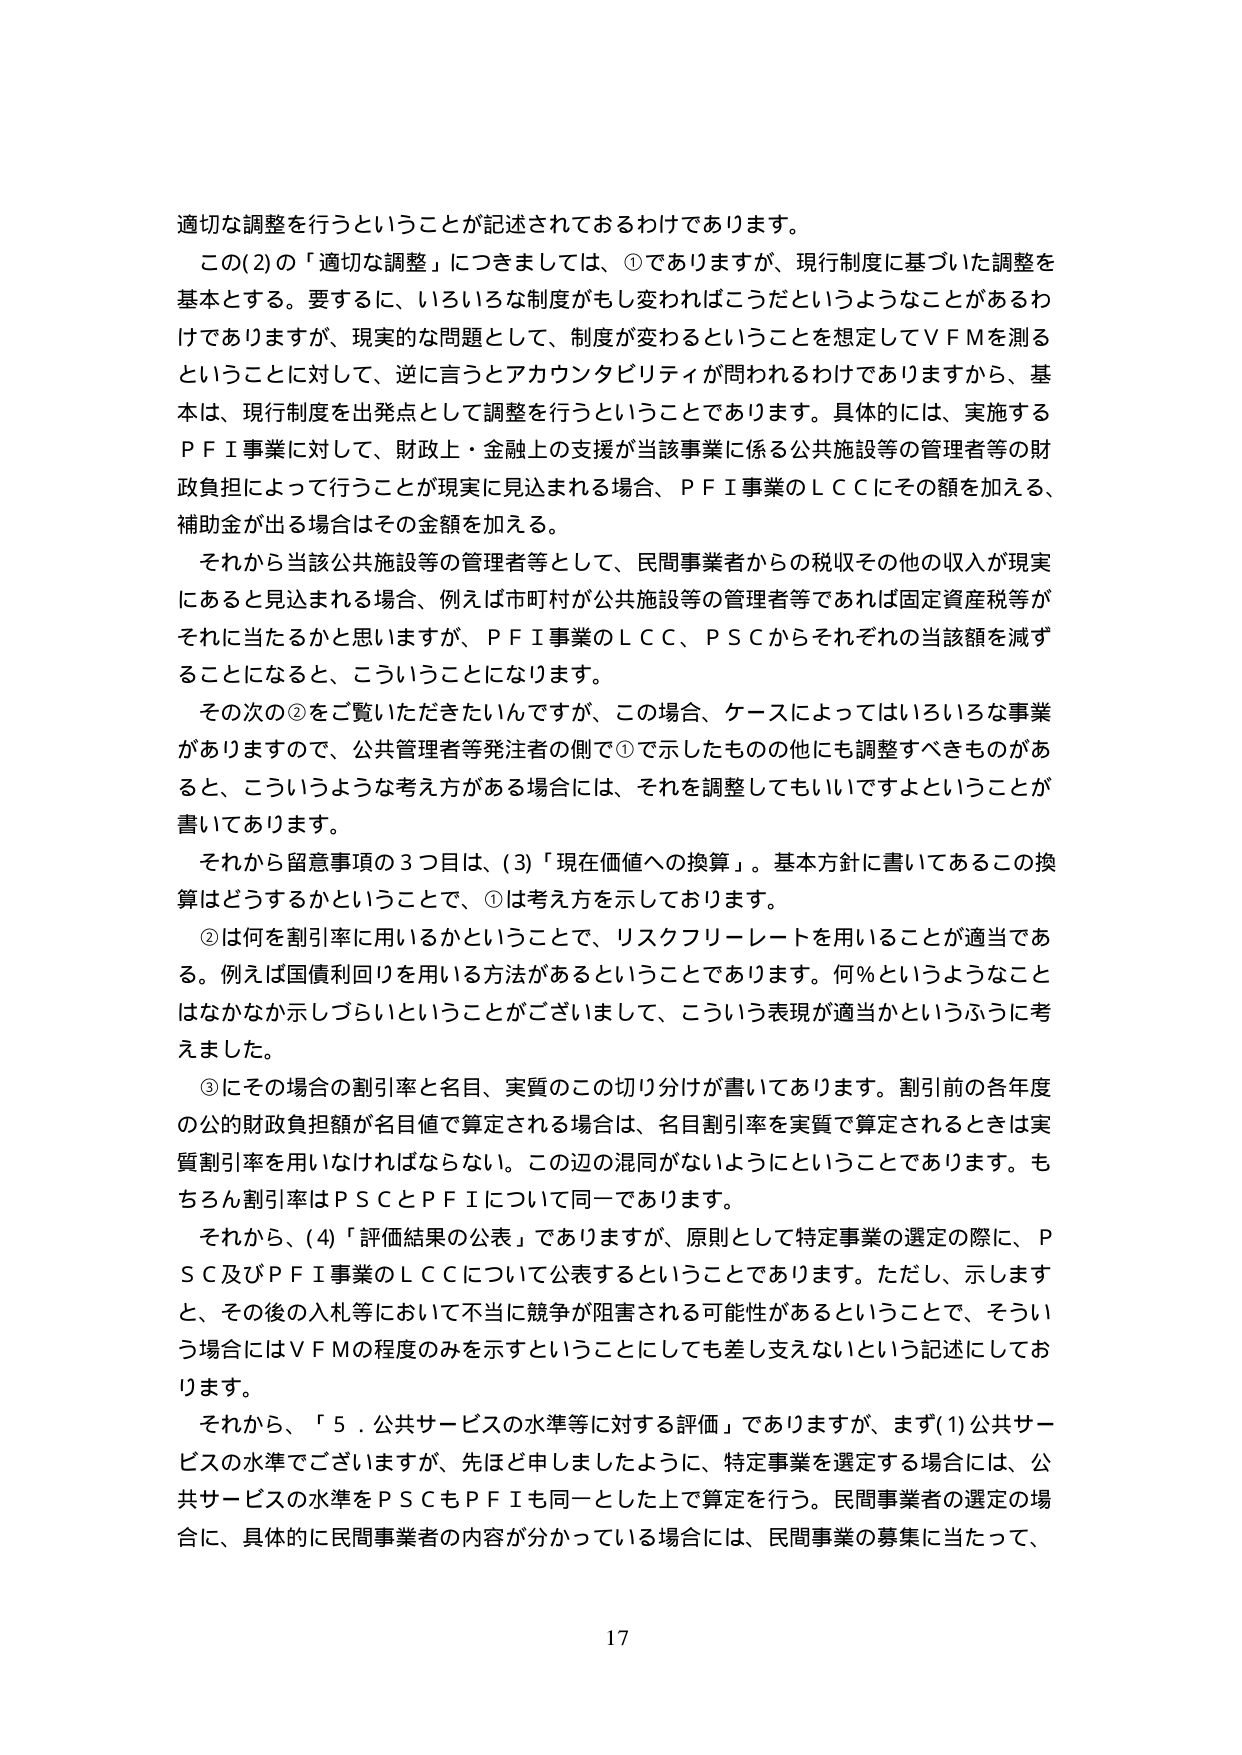
適切な調整を行うということが記述されておるわけであります。

この(2)の「適切な調整」につきましては、①でありますが、現行制度に基づいた調整を基本とする。要するに、いろいろな制度がもし変わればこうだというようなことがあるわけでありますが、現実的な問題として、制度が変わるということを想定してＶＦＭを測るということに対して、逆に言うとアカウンタビリティが問われるわけでありますから、基本は、現行制度を出発点として調整を行うということであります。具体的には、実施するＰＦＩ事業に対して、財政上・金融上の支援が当該事業に係る公共施設等の管理者等の財政負担によって行うことが現実に見込まれる場合、ＰＦＩ事業のＬＣＣにその額を加える、補助金が出る場合はその金額を加える。

それから当該公共施設等の管理者等として、民間事業者からの税収その他の収入が現実にあると見込まれる場合、例えば市町村が公共施設等の管理者等であれば固定資産税等がそれに当たるかと思いますが、ＰＦＩ事業のＬＣＣ、ＰＳＣからそれぞれの当該額を減ずることになると、こういうことになります。

その次の②をご覧いただきたいんですが、この場合、ケースによってはいろいろな事業がありますので、公共管理者等発注者の側で①で示したものの他にも調整すべきものがあると、こういうような考え方がある場合には、それを調整してもいいですよということが書いてあります。

それから留意事項の3つ目は、(3)「現在価値への換算」。基本方針に書いてあるこの換算はどうするかということで、①は考え方を示しております。

②は何を割引率に用いるかということで、リスクフリーレートを用いることが適当である。例えば国債利回りを用いる方法があるということであります。何％というようなことはなかなか示しづらいということがございまして、こういう表現が適当かというふうに考えました。

③にその場合の割引率と名目、実質のこの切り分けが書いてあります。割引前の各年度の公的財政負担額が名目値で算定される場合は、名目割引率を実質で算定されるときは実質割引率を用いなければならない。この辺の混同がないようにということであります。もちろん割引率はＰＳＣとＰＦＩについて同一であります。

それから、(4)「評価結果の公表」でありますが、原則として特定事業の選定の際に、ＰＳＣ及びＰＦＩ事業のＬＣＣについて公表するということであります。ただし、示しますと、その後の入札等において不当に競争が阻害される可能性があるということで、そういう場合にはＶＦＭの程度のみを示すということにしてても差し支えないという記述にしております。

それから、「５．公共サービスの水準等に対する評価」でありますが、まず(1)公共サービスの水準でございますが、先ほど申しましたように、特定事業を選定する場合には、公共サービスの水準をＰＳＣもＰＦＩも同一とした上で算定を行う。民間事業者の選定の場合に、具体的に民間事業者の内容が分かっている場合には、民間事業の募集に当たって、

17